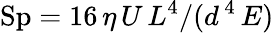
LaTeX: \mathrm{Sp}={16\, \eta\, U\, L^{4}}/(d\, ^{4}\, E)